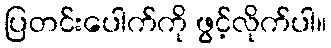
ပြတင်းပေါက်ကို ဖွင့်လိုက်ပါ။